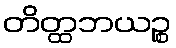
တိတ္ထဘယဉ္စ